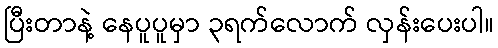
ပြီးတာနဲ့ နေပူပူမှာ ၃ရက်လောက် လှန်းပေးပါ။